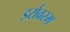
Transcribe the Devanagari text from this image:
इर्रावरम